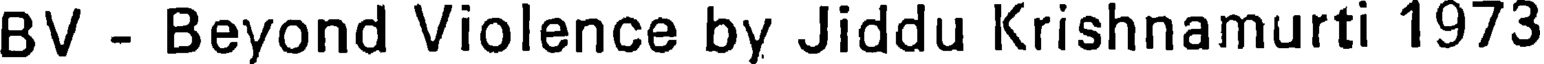
BV - Beyond Violence by Jiddu Krishnamurti 1973